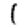
Digit: 1